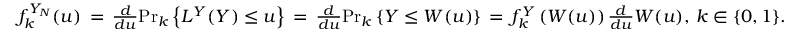
\begin{array} { r } { f _ { k } ^ { Y _ { N } } ( u ) \, = \, \frac { d } { d u } { \operatorname* { P r } } _ { k } \left\{ L ^ { Y } ( Y ) \le u \right\} \, = \, \frac { d } { d u } { \operatorname* { P r } } _ { k } \left\{ Y \le W ( u ) \right\} \, = \, f _ { k } ^ { Y } \left( W ( u ) \right) \frac { d } { d u } W ( u ) , \, k \in \{ 0 , 1 \} . } \end{array}